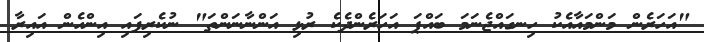
"އަހަރެން މަންމައާއެކު ހިނގައްޖެނަމަ ބައްޕަ އަހަރެންދެކެ ރުޅި އަންނާނަންތަ" ނުކެރިފައި އިންހެން އައިރާ